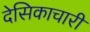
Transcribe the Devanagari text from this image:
देसिकाचारी